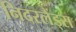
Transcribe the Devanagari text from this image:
निदरलैंड्स